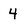
Character: 4